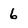
Character: 6